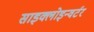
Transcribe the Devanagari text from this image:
साइक्लोइन्वर्टर